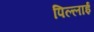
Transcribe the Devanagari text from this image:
पिल्लाई